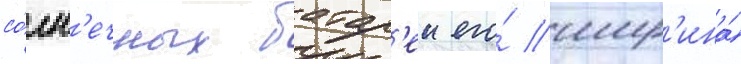
со́лн'ечных батар'еи его́ шир'ина́